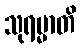
သုရမ္မာတိ